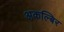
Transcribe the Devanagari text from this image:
अकल्बिर